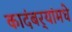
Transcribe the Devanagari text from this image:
कादंबर्‍यांमधे